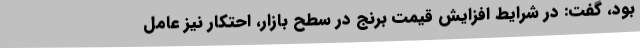
بود، گفت: در شرایط افزایش قیمت برنج در سطح بازار، احتکار نیز عامل